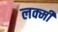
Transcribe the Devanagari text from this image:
लक्मी